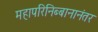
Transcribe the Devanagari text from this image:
महापरिनिब्बानानंतर